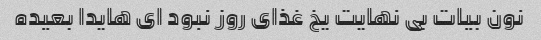
نون بیات بی نهایت یخ غذای روز نبود ای هایدا بعیده